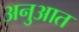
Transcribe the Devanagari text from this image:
अनुआत